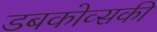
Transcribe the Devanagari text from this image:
डबकोव्सकी